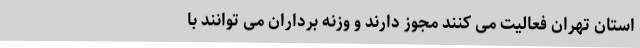
استان تهران فعالیت می کنند مجوز دارند و وزنه برداران می توانند با